Indian journal of veterinary science and animal husbandry - Volume 11,
Year: 1941
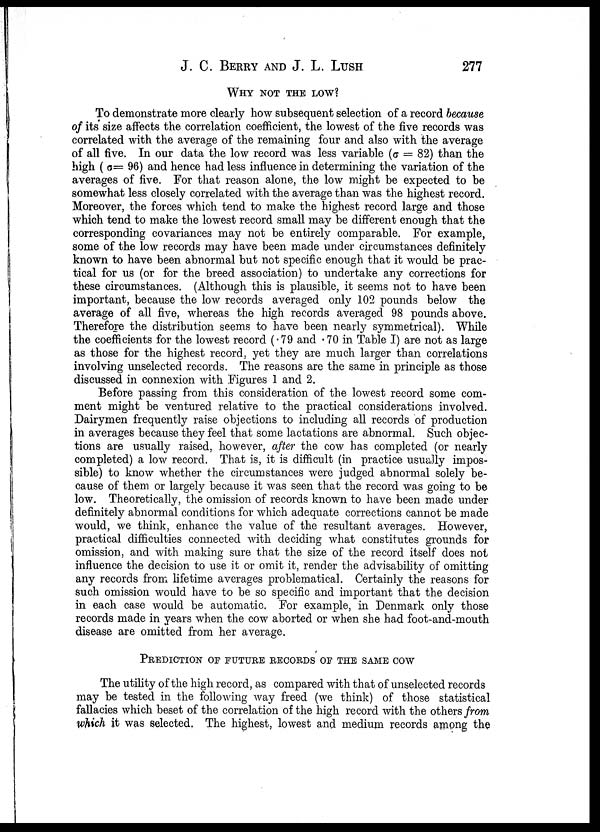
J. C. BERRY AND J. L. LUSH 277
WHY NOT THE LOW?
To demonstrate more clearly how subsequent selection of a record because
of its size affects the correlation coefficient, the lowest of the five records was
correlated with the average of the remaining four and also with the average
of all five. In our data the low record was less variable (σ = 82) than the
high ( σ= 96) and hence had less influence in determining the variation of the
averages of five. For that reason alone, the low might be expected to be
somewhat less closely correlated with the average than was the highest record.
Moreover, the forces which tend to make the highest record large and those
which tend to make the lowest record small may be different enough that the
corresponding covariances may not be entirely comparable. For example,
some of the low records may have been made under circumstances definitely
known to have been abnormal but not specific enough that it would be prac
tical for us (or for the breed association) to undertake any corrections for
these circumstances. (Although this is plausible, it seems not to have been
important, because the low records averaged only 102 pounds below the
average of all five, whereas the high records averaged 98 pounds above.
Therefore the distribution seems to have been nearly symmetrical). While
the coefficients for the lowest record (.79 and .70 in Table I) are not as large
as those for the highest record, yet they are much larger than correlations
involving unselected records. The reasons are the same in principle as those
discussed in connexion with Figures 1 and 2.
Before passing from this consideration of the lowest record some com
ment might be ventured relative to the practical considerations involved.
Dairymen frequently raise objections to including all records of production
in averages because they feel that some lactations are abnormal. Such objec
tions are usually raised, however, after the cow has completed (or nearly
completed) a low record. That is, it is difficult (in practice usually impos
sible) to know whether the circumstances were judged abnormal solely be
cause of them or largely because it was seen that the record was going to be
low. Theoretically, the omission of records known to have been made under
definitely abnormal conditions for which adequate corrections cannot be made
would, we think, enhance the value of the resultant averages. However,
practical difficulties connected with deciding what constitutes grounds for
omission, and with making sure that the size of the record itself does not
influence the decision to use it or omit it, render the advisability of omitting
any records from lifetime averages problematical. Certainly the reasons for
such omission would have to be so specific and important that the decision
in each case would be automatic. For example, in Denmark only those
records made in years when the cow aborted or when she had foot-and-mouth
disease are omitted from her average.
PREDICTION OF FUTURE RECORDS OF THE SAME COW
The utility of the high record, as compared with that of unselected records
may be tested in the following way freed (we think) of those statistical
fallacies which beset of the correlation of the high record with the others from
which it was selected. The highest, lowest and medium records among the